Tartu_linnavalitsus, lk 23
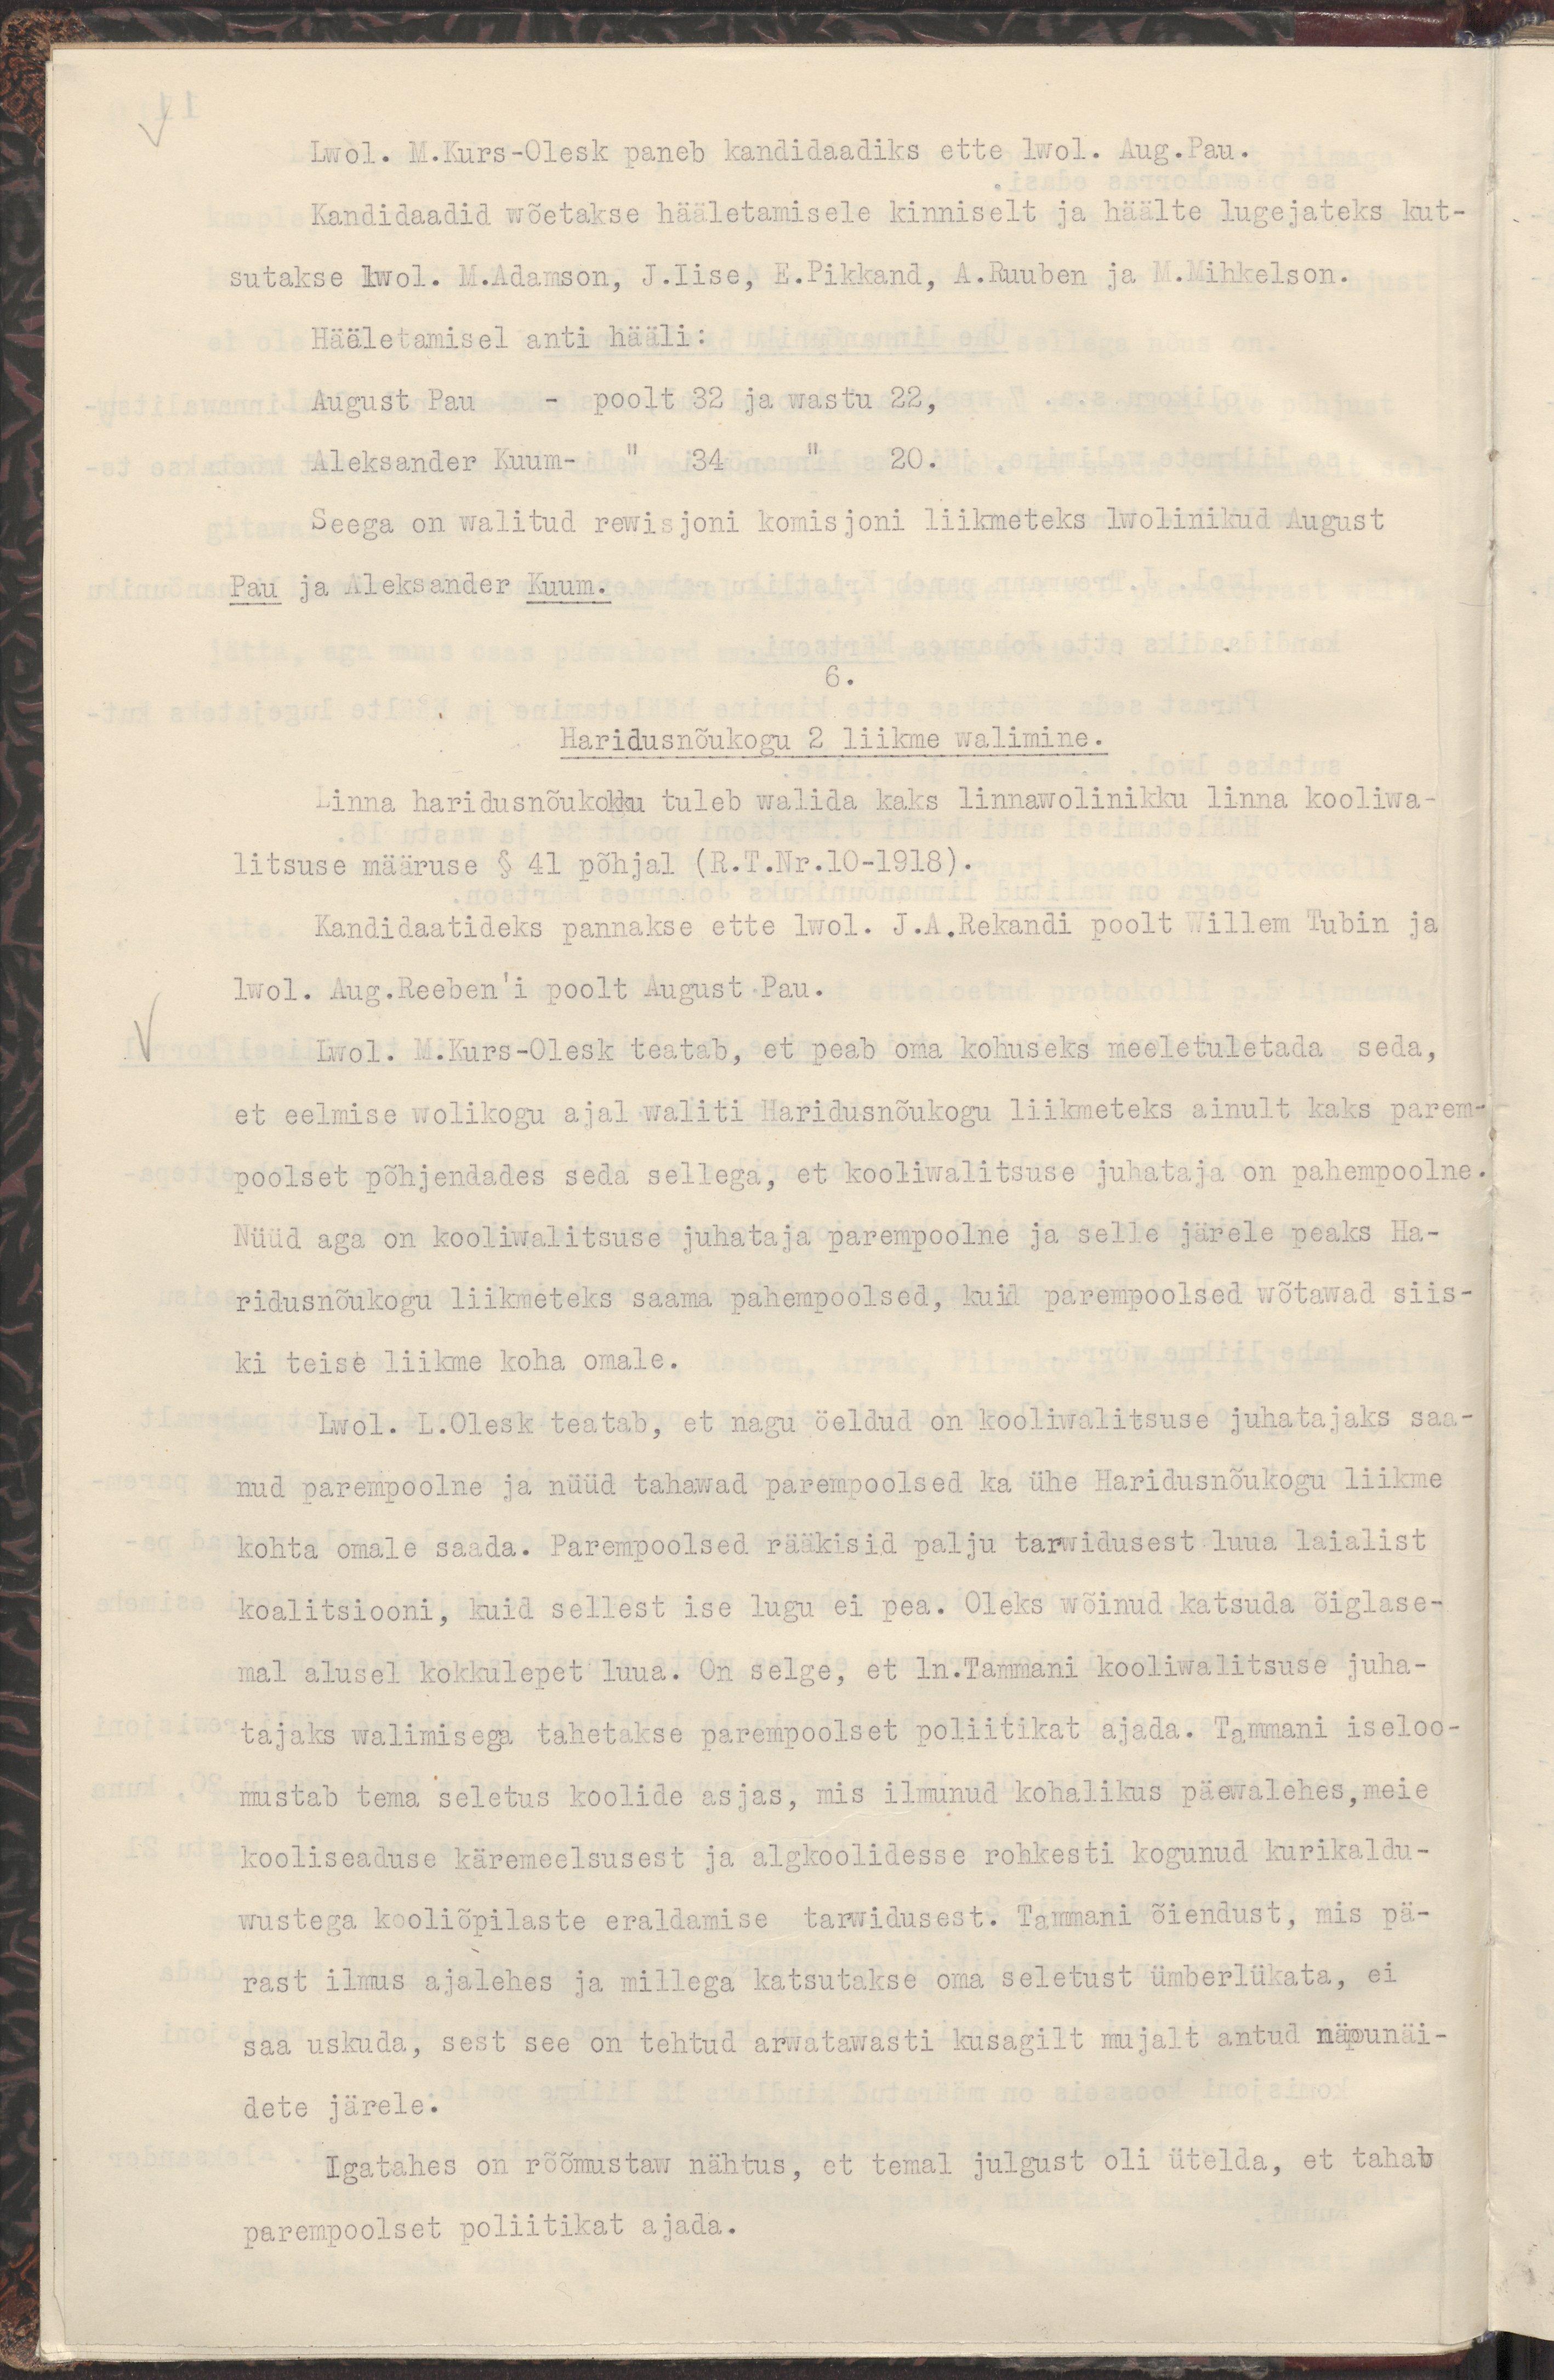
Lwol. M.Kurs-Olesk paneb kandidaadiks ette lwol. Aug. Pau.
Kandidaadid wõetakse hääletamisele kinniselt ja häälte lugejateks kut-
sutakse lwol. M.Adamson, J.Iise, E.Pikkand, A.Ruuben ja M.Mihkelson.
Hääletamisel anti hääli:
August Pau - poolt 32 ja wastu 22,
Aleksander Kuum- " 34 " 20.
Seega on walitud rewisjoni komisjoni liikmeteks lwolinikud August
Pau ja Aleksander Kuum.
6.
Haridusnõukogu 2 liikme walimine.
Linna haridusnõukokku tuleb walida kaks linnawolinikku linna kooliwa-
litsuse määruse § 41 põhjal (R.T.Nr.10-1918).
Kandidaatideks pannakse ette lwol. J.A.Rekandi poolt Willem Tubin ja
lwol. Aug.Reeben'i poolt August Pau.
Lwol. M.Kurs-Olesk teatab, et peab oma kohuseks meeletuletada seda, 
et eelmise wolikogu ajal waliti Haridusnõukogu liikmeteks ainult kaks parem-
poolset põhjendades seda sellega, et kooliwalitsuse juhataja on pahempoolne.
Nüüd aga on kooliwalitsuse juhataja parempoolne ja selle järele peaks Ha-
ridusnõukogu liikmeteks saama pahempoolsed, kuid parempoolsed wõtawad siis-
ki teise liikme koha omale.
Lwol. L.Olesk teatab, et nagu öeldud on kooliwalitsuse juhatajaks saa-
nud parempoolne ja nüüd tahawad parempoolsed ka ühe Haridusnõukogu liikme
kohta omale saada. Parempoolsed rääkisid palju tarwidusest luua laialist
koalitsiooni, kuid sellest ise lugu ei pea. Oleks wõinud katsuda õiglase-
mal alusel kokkulepet luua. On selge, et ln.Tammani kooliwalitsuse juha-
tajaks walimisega tahetakse parempoolset poliitikat ajada. Tammani iseloo-
mustab tema seletus koolide asjas, mis ilmunud kohalikus päewalehes, meie
kooliseaduse käremeelsusest ja algkoolidesse rohkesti kogunud kurikaldu-
wustega kooliõpilaste eraldamise tarwidusest. Tammani õiendust, mis pä-
rast ilmus ajalehes ja millega katsutakse oma seletust ümberlükata, ei
saa uskuda, sest see on tehtud arwatawasti kusagilt mujalt antud näpunäi-
dete järele.
Igatahes on rõõmustaw nähtus, et temal julgust oli ütelda, et tahab
parempoolset poliitikat ajada.